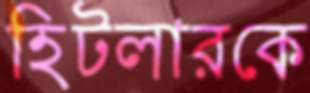
হিটলারকে